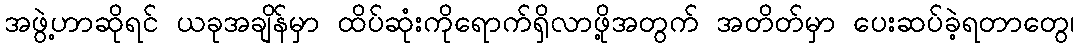
အဖွဲ့ဟာဆိုရင် ယခုအချိန်မှာ ထိပ်ဆုံးကိုရောက်ရှိလာဖို့အတွက် အတိတ်မှာ ပေးဆပ်ခဲ့ရတာတွေ၊